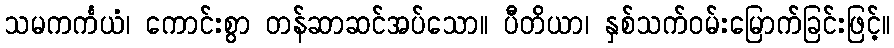
သမကင်္ကယံ၊ ကောင်းစွာ တန်ဆာဆင်အပ်သော။ ပီတိယာ၊ နှစ်သက်ဝမ်းမြောက်ခြင်းဖြင့်။